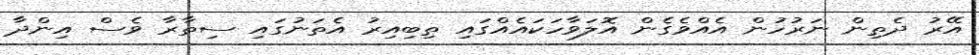
އޭރު ދެތިން ނަރުހުން އެއްވެގެން އޮލަވާހަކައެއްގައި ތިބިއިރު އެތަނުގައި ސިތާރާ ވެސް އިންދާ